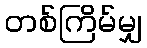
တစ်ကြိမ်မျှ